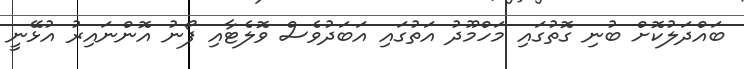
ބައްދަލުކޮށް ބުނި ގޮތުގައި މަހްމޫދު އަތުގައި އަބަދުވެސް ވޮލެޓާއި ފޯނު އޮންނައިރު އުޅޭނީ